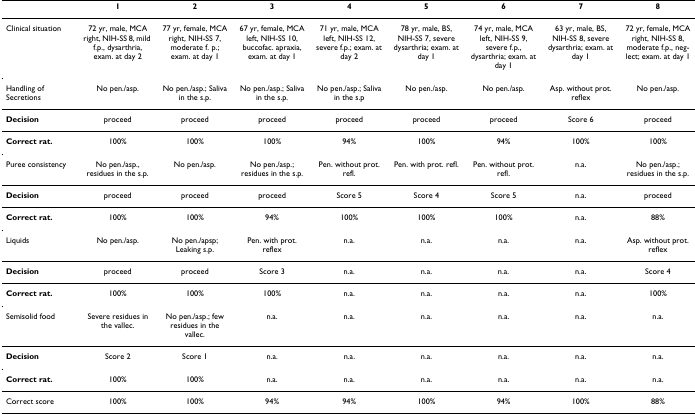
<table><thead><tr><td></td><td><b>1</b></td><td><b>2</b></td><td><b>3</b></td><td><b>4</b></td><td><b>5</b></td><td><b>6</b></td><td><b>7</b></td><td><b>8</b></td></tr></thead><tbody><tr><td>Clinical situation</td><td>72 yr, male, MCA right, NIH-SS 8, mild f.p., dysarthria, exam. at day 2</td><td>77 yr, female, MCA right, NIH-SS 7, moderate f. p.; exam. at day 1</td><td>67 yr, female, MCA left, NIH-SS 10, buccofac. apraxia, exam. at day 1</td><td>71 yr, male, MCA left, NIH-SS 12, severe f.p.; exam. at day 2</td><td>78 yr, male, BS, NIH-SS 7, severe dysarthria; exam. at day 1</td><td>74 yr, male, MCA left, NIH-SS 9, severe f.p., dysarthria; exam. at day 1</td><td>63 yr, male, BS, NIH-SS 8, severe dysarthria; exam. at day 1</td><td>72 yr, female, MCA right, NIH-SS 8, moderate f.p., neg-lect; exam. at day 1</td></tr><tr><td>Handling of Secretions</td><td>No pen./asp.</td><td>No pen./asp.; Saliva in the s.p.</td><td>No pen./asp.; Saliva in the s.p.</td><td>No pen./asp.; Saliva in the s.p</td><td>No pen./asp.</td><td>No pen./asp.</td><td>Asp. without prot. reflex</td><td>No pen./asp.</td></tr><tr><td><b>Decision</b></td><td>proceed</td><td>proceed</td><td>proceed</td><td>proceed</td><td>proceed</td><td>proceed</td><td>Score 6</td><td>proceed</td></tr><tr><td><b>Correct rat.</b></td><td>100%</td><td>100%</td><td>100%</td><td>94%</td><td>100%</td><td>94%</td><td>100%</td><td>100%</td></tr><tr><td>Puree consistency</td><td>No pen./asp., residues in the s.p.</td><td>No pen./asp.</td><td>No pen./asp.; residues in the s.p.</td><td>Pen. without prot. refl.</td><td>Pen. with prot. refl.</td><td>Pen. without prot. refl.</td><td>n.a.</td><td>No pen./asp.; residues in the s.p.</td></tr><tr><td><b>Decision</b></td><td>proceed</td><td>proceed</td><td>proceed</td><td>Score 5</td><td>Score 4</td><td>Score 5</td><td>n.a.</td><td>proceed</td></tr><tr><td><b>Correct rat.</b></td><td>100%</td><td>100%</td><td>94%</td><td>100%</td><td>100%</td><td>100%</td><td>n.a.</td><td>88%</td></tr><tr><td>Liquids</td><td>No pen./asp.</td><td>No pen./apsp; Leaking s.p.</td><td>Pen. with prot. reflex</td><td>n.a.</td><td>n.a.</td><td>n.a.</td><td>n.a.</td><td>Asp. without prot. reflex</td></tr><tr><td><b>Decision</b></td><td>proceed</td><td>proceed</td><td>Score 3</td><td>n.a.</td><td>n.a.</td><td>n.a.</td><td>n.a.</td><td>Score 4</td></tr><tr><td><b>Correct rat.</b></td><td>100%</td><td>100%</td><td>100%</td><td>n.a.</td><td>n.a.</td><td>n.a.</td><td>n.a.</td><td>100%</td></tr><tr><td>Semisolid food</td><td>Severe residues in the vallec.</td><td>No pen./asp.; few residues in the vallec.</td><td>n.a.</td><td>n.a.</td><td>n.a.</td><td>n.a.</td><td>n.a.</td><td>n.a.</td></tr><tr><td><b>Decision</b></td><td>Score 2</td><td>Score 1</td><td>n.a.</td><td>n.a.</td><td>n.a.</td><td>n.a.</td><td>n.a.</td><td>n.a.</td></tr><tr><td><b>Correct rat.</b></td><td>100%</td><td>100%</td><td>n.a.</td><td>n.a.</td><td>n.a.</td><td>n.a.</td><td>n.a.</td><td>n.a.</td></tr><tr><td>Correct score</td><td>100%</td><td>100%</td><td>94%</td><td>94%</td><td>100%</td><td>94%</td><td>100%</td><td>88%</td></tr></tbody></table>